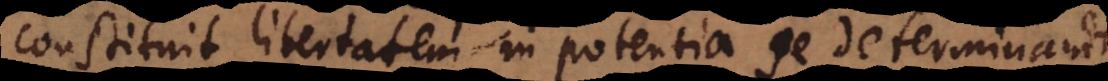
constituit libertatem in potentia se determinandi